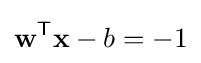
\mathbf {w} ^{\mathsf {T}}\mathbf {x} -b=-1